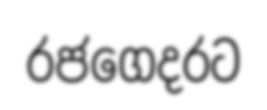
රජගෙදරට